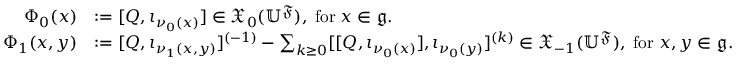
\begin{array} { r l } { \Phi _ { 0 } ( x ) } & { : = [ Q , \iota _ { \nu _ { 0 } ( x ) } ] \in \mathfrak { X } _ { 0 } ( \mathbb { U } ^ { \mathfrak F } ) , \; \mathrm { f o r } \; x \in \mathfrak g . } \\ { \Phi _ { 1 } ( x , y ) } & { : = [ Q , \iota _ { \nu _ { 1 } ( x , y ) } ] ^ { ( - 1 ) } - \sum _ { k \geq 0 } [ [ Q , \iota _ { \nu _ { 0 } ( x ) } ] , \iota _ { \nu _ { 0 } ( y ) } ] ^ { ( k ) } \in \mathfrak { X } _ { - 1 } ( \mathbb { U } ^ { \mathfrak F } ) , \; \mathrm { f o r } \; x , y \in \mathfrak g . } \end{array}